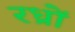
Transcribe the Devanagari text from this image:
रध्राें